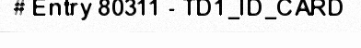
# Entry 80311 - TD1_ID_CARD